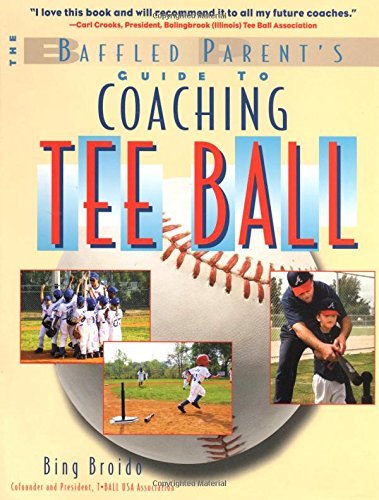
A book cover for Coaching Tee Ball : The Baffled Parent's Guide; H. W. Broido; Sports & Outdoors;